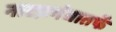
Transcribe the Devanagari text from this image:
नाटय़गंधातर्फे